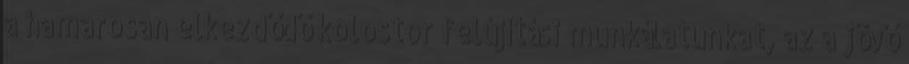
a hamarosan elkezdődő kolostor felújítási munkálatunkat, az a jövő